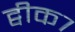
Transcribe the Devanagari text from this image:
ट्वीक७